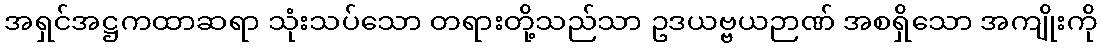
အရှင်အဋ္ဌကထာဆရာ သုံးသပ်သော တရားတို့သည်သာ ဥဒယဗ္ဗယဉာဏ် အစရှိသော အကျိုးကို